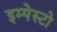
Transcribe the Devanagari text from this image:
इम्पेस्टो